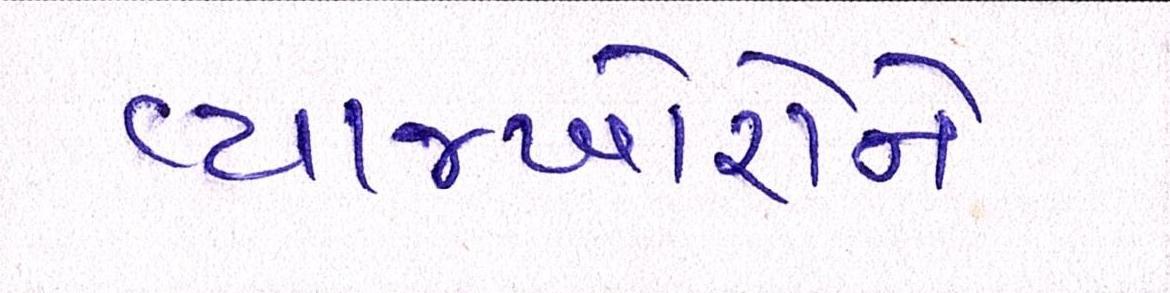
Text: વ્યાજખોરોને